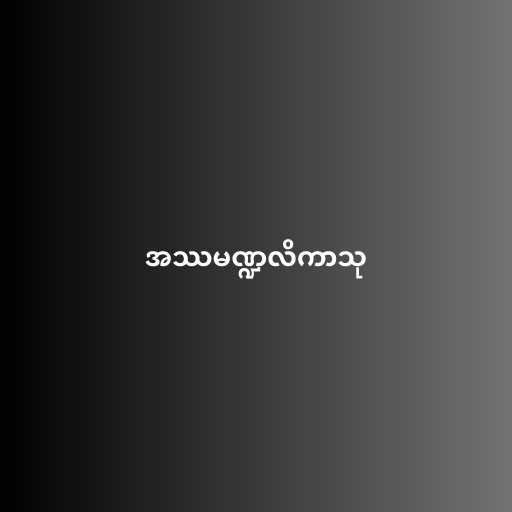
အဿမဏ္ဍလိကာသု